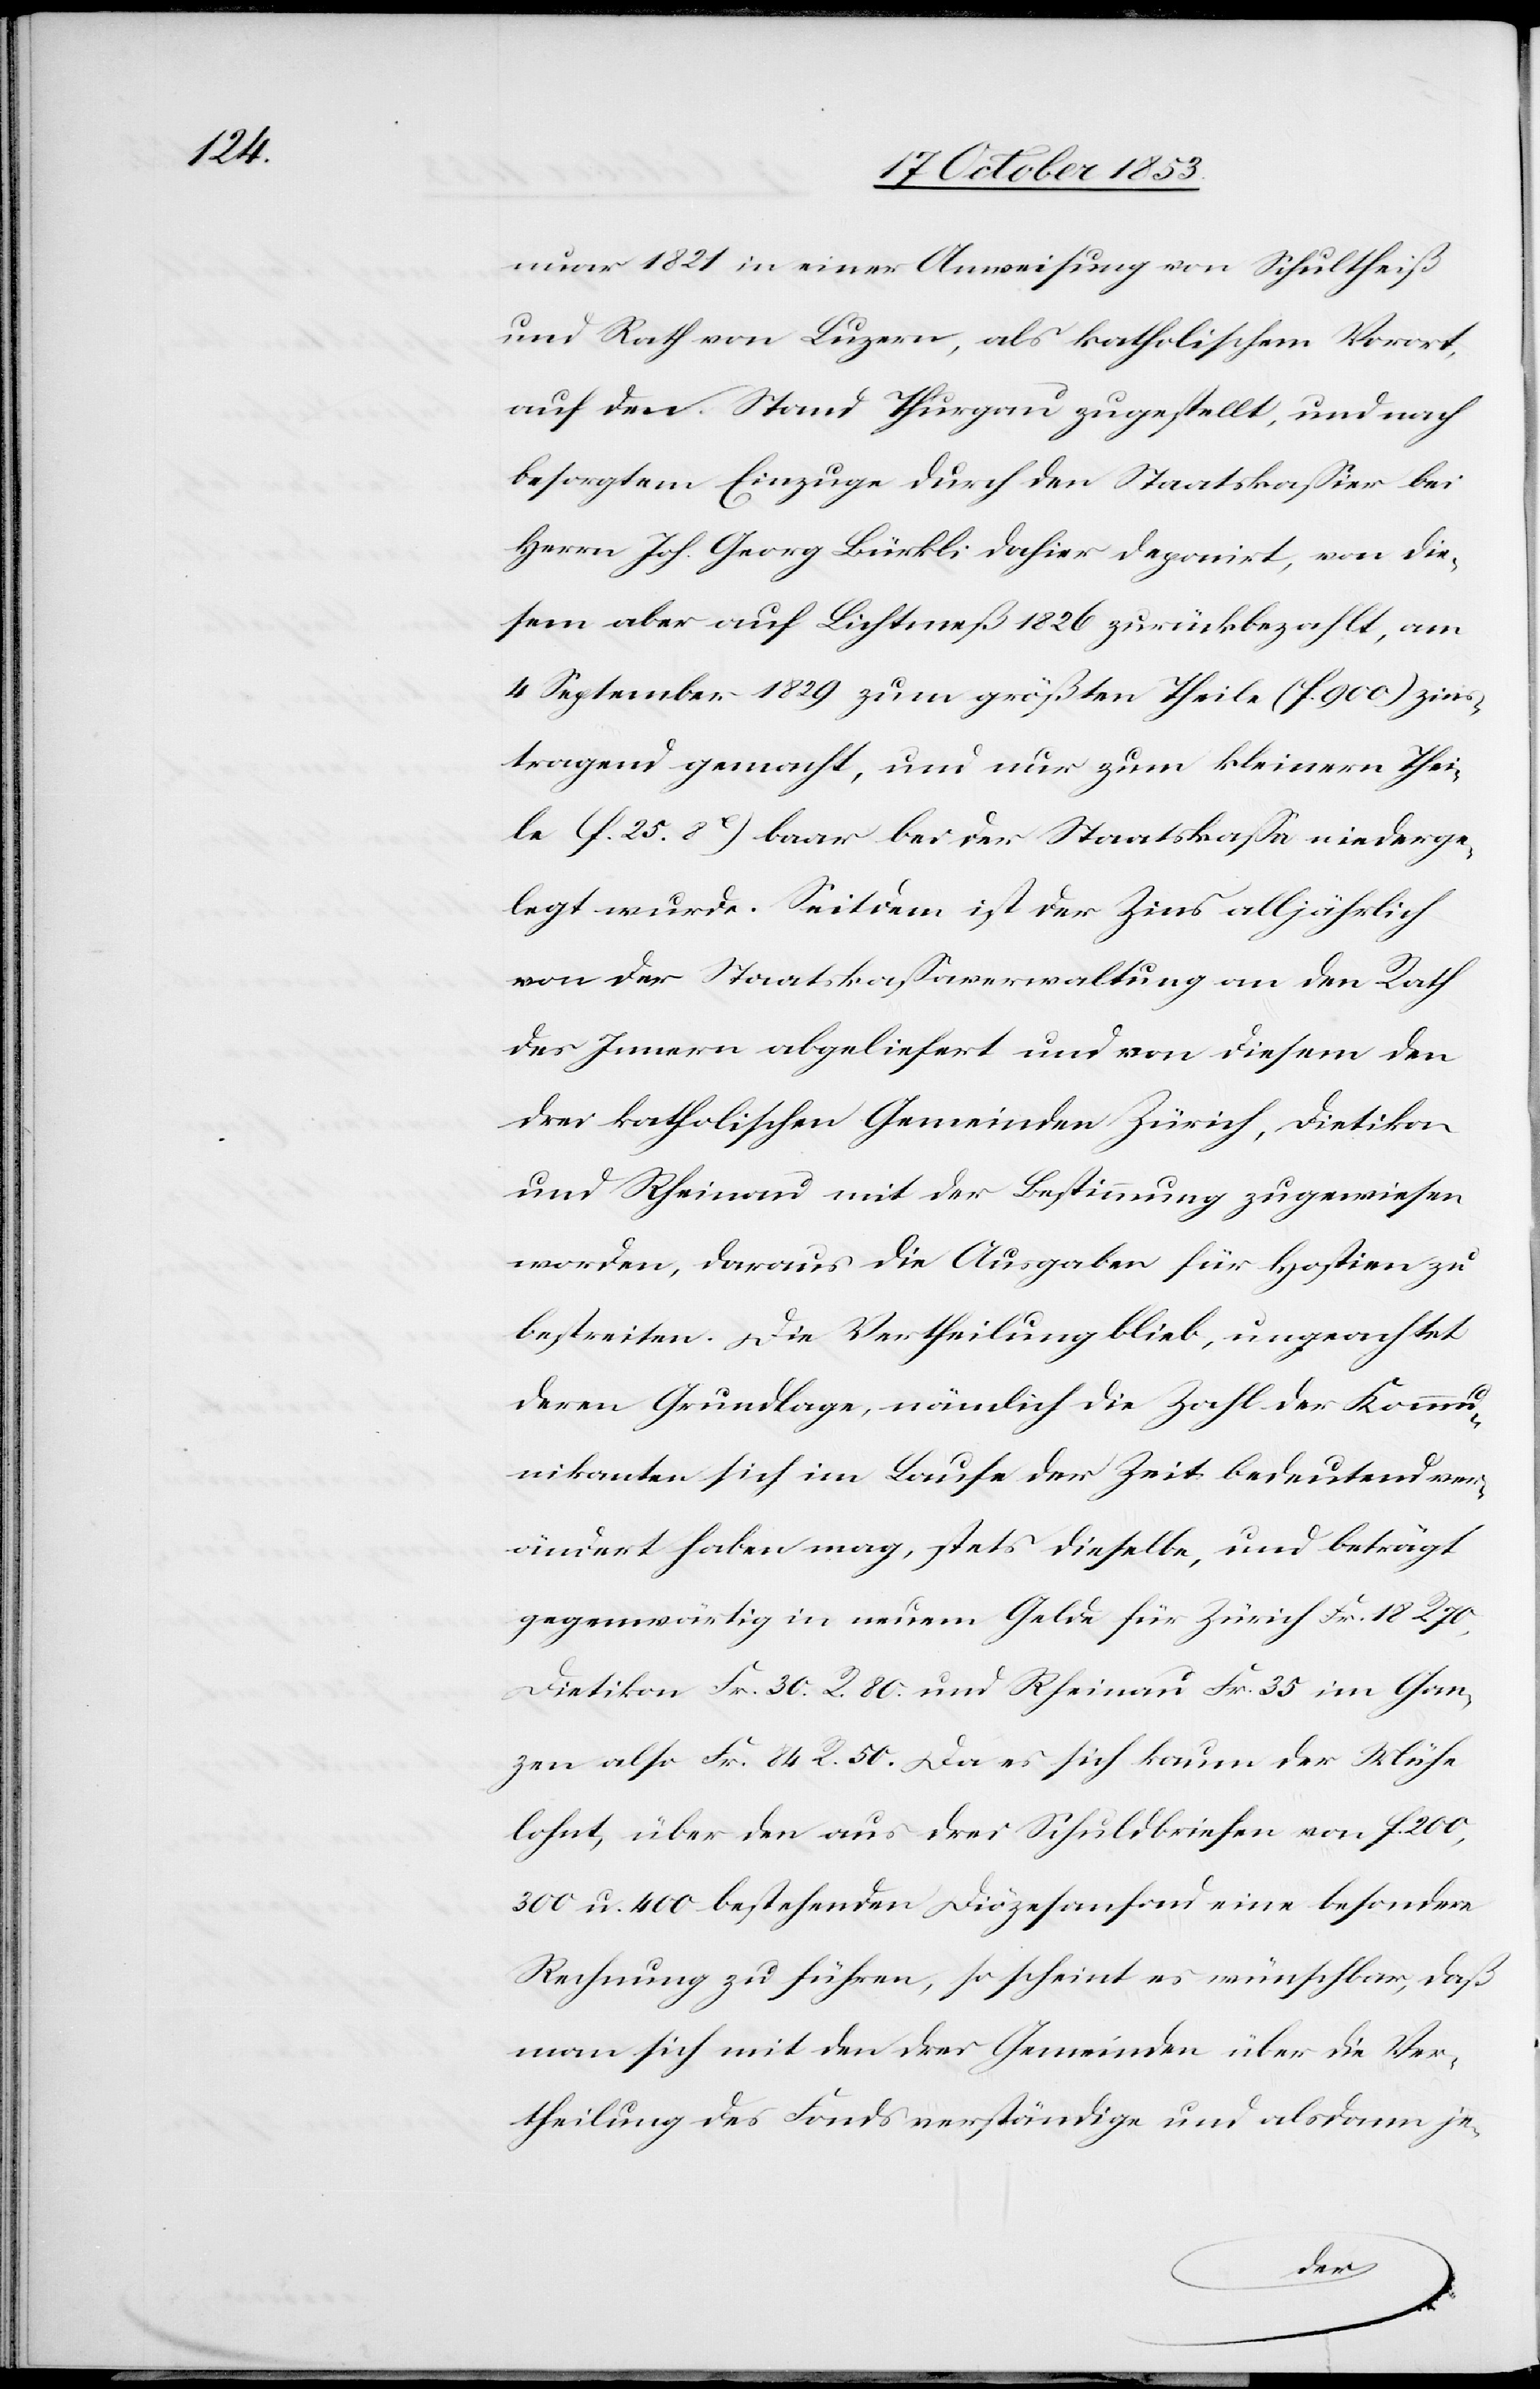
nuar 1821 in einer Anweisung von Schultheiß
und Rath von Luzern, als katholischen Vorort,
auf den Stand Thurgau zugestellt, und nach
besorgtem Einzuge durch den Staatskaßier bei
Herrn Joh. Georg Bürkli dahier deponirt, von die¬
sem aber auf Lichtineß 1826 zurückbezahlt, am
4 September 1829 zum größtenTheile (f. 900) zins¬
tragend gemacht, und nur zum kleinern Thei¬
le (f. 25. 8c) baar bei der Staatskaßa niederge¬
legt wurde. Seitdem ist der Zins alljährlich
von der Staatskaßaverwaltung an den Rath
des Innern abgeliefert und von diesem den
drei katholischen Gemeinden Zürich, Dietikon
und Rheinau mit der Bestimmung zugewiesen
worden, daraus die Ausgaben für Hostien zu
bestreiten. Die Vertheilung blieb, ungeachtet
deren Grundlage, nämlich die Zahl der Kommu¬
nikanten sich im Laufe der Zeit bedeutend ver¬
ändert haben mag, stets dieselbe, und beträgt
gegenwärtig in neuem Gelde für Zürich Fr. 18 R. 70,
Dietikon Fr. 30 R. 80 und Rheinau Fr. 35 im Gan¬
zen also Fr. 84 R. 50. Da es sich kaum der Mühe
lohnt, über den aus drei Schuldbriefen von f. 200,
300 u. 400 bestehenden Diözesenfond eine besondere
Rechnung zu führen, so scheint es wünschbar, daß
man sich mit den drei Gemeinden über die Ver¬
theilung des Fonds verständige und alsdann je-